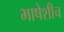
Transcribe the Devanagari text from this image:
भाषेशीच